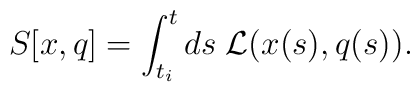
S[x,q] = \int_{t_i}^t ds\; {\cal L}(x(s), q(s)).